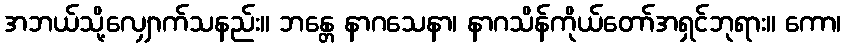
အဘယ်သို့လျှောက်သနည်း။ ဘန္တေ နာဂသေနာ၊ နာဂသိန်ကိုယ်တော်အရှင်ဘုရား။ ကော၊